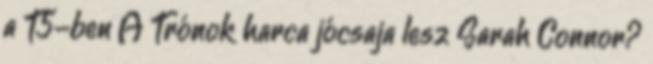
a T5-ben A Trónok harca jócsaja lesz Sarah Connor?